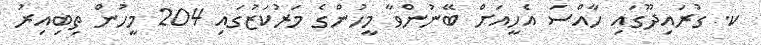
ކ. ގުރައިދޫގައި ހާއްސަ އެހީއަށް ބޭނުންވާ މީހުންގެ މަރުކަޒުގައި 204 މީހުން ތިބިއިރު